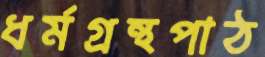
ধর্মগ্রন্থপাঠ